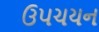
ઉપચયન